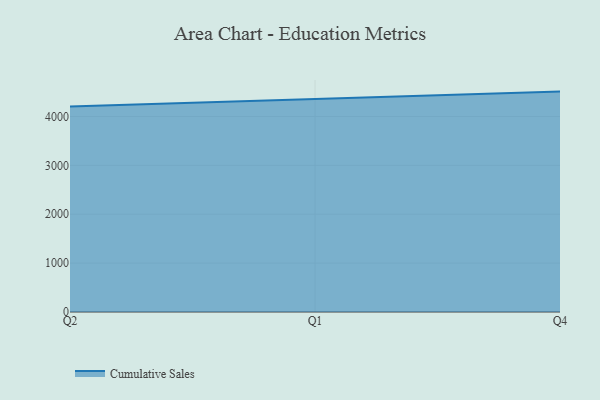
{"axis": {"x": "Quarter", "y": "Shipments"}, "legend": ["Cumulative Sales"], "data": [{"x": "Q2", "y": 4203.4, "type": "Cumulative Sales"}, {"x": "Q1", "y": 4359.9, "type": "Cumulative Sales"}, {"x": "Q4", "y": 4507.8, "type": "Cumulative Sales"}]}